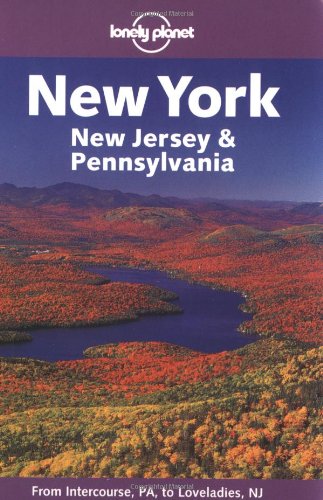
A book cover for Lonely Planet New York, New Jersey & Pennsylvania (Lonely Planet New York State); Tom Smallman; Travel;